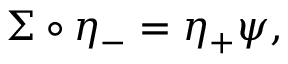
\Sigma \circ \eta _ { - } = \eta _ { + } \psi ,